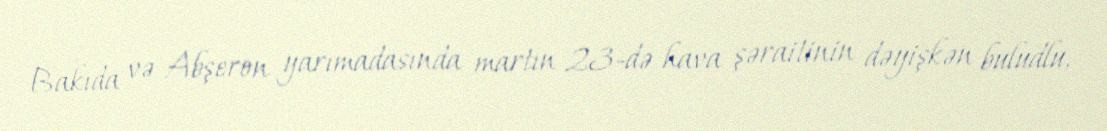
Bakıda və Abşeron yarımadasında martın 23-də hava şəraitinin dəyişkən buludlu,